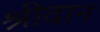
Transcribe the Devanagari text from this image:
श्रीदान